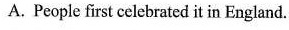
A. People first celebrated it in England.